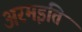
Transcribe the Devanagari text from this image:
अरमइति